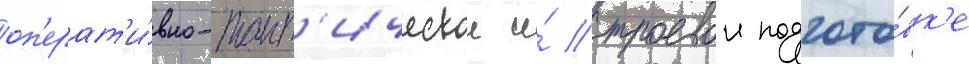
оп'ерат'и́вно-такт'ическои и́ строевои подгото́вк'е